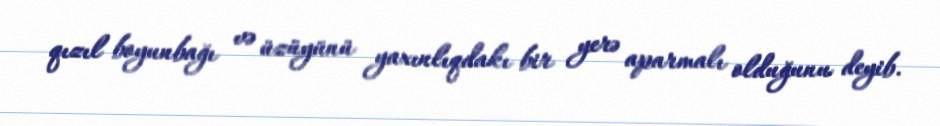
qızıl boyunbağı və üzüyünü yaxınlıqdakı bir yerə aparmalı olduğunu deyib.